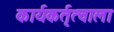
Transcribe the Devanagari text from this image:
कार्यकर्तृत्वाला